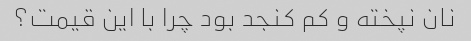
نان نپخته و کم کنجد بود چرا با این قیمت؟